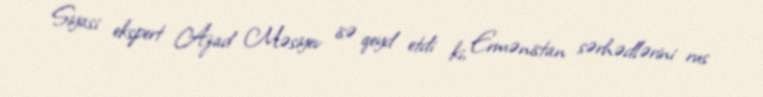
Siyasi ekspert Azad Məsiyev isə qeyd etdi ki, Ermənistan sərhədlərini rus